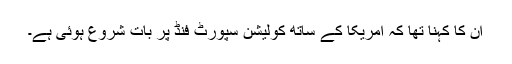
ان کا کہنا تھا کہ امریکا کے ساتھ کولیشن سپورٹ فنڈ پر بات شروع ہوئی ہے۔